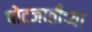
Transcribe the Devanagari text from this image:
पोटजातीच्या